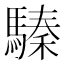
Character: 𩥚